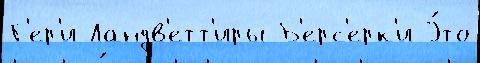
Г'ер'и Ландв'етт'иры Б'ерс'ерк'и Э́то